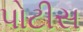
પોટીસ